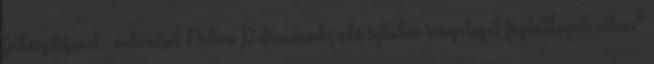
felkészítőjének, valamint Nelson Petronénak, aki szintén rengeteget foglalkozott velem"